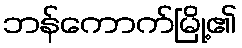
ဘန်ကောက်မြို့၏